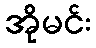
အိုမင်း